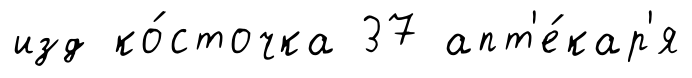
изд ко́сточка 37 апт'е́кар'я